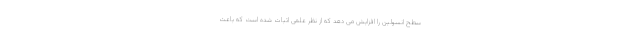
سطح انسولین را افزایش می دهد که از نظر علمی اثبات شده است که باعث